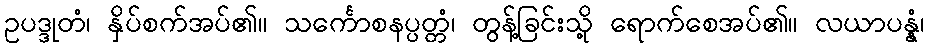
ဥပဒ္ဒုတံ၊ နှိပ်စက်အပ်၏။ သင်္ကောစနပ္ပတ္တံ၊ တွန့်ခြင်းသို့ ရောက်စေအပ်၏။ လယာပန္နံ၊